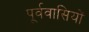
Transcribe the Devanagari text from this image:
पूर्ववासियों